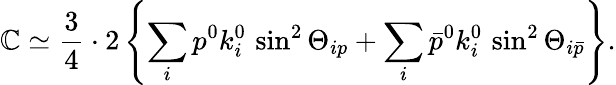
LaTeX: \mathbb{C}\simeq\frac{3}{4}\cdot2\left\{ \sum_{i}p^{0}k_{i}^{0}\, \sin^{2}\Theta_{ip}+\sum_{i}\bar{{p}}^{0}k_{i}^{0}\, \sin^{2}\Theta_{i\bar{{p}}}\right\} .